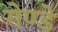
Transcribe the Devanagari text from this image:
गेण्डे